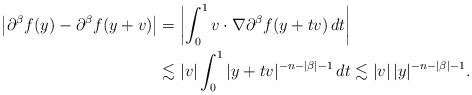
LaTeX: \begin{align*}\left|\partial^\beta f(y)-\partial^\beta f(y+v)\right|&=\left|\int_0^1v\cdot\nabla\partial^\beta f(y+tv)\,dt\right|\\&\lesssim|v|\int_0^1|y+tv|^{-n-|\beta|-1}\,dt\lesssim|v|\,|y|^{-n-|\beta|-1}.\end{align*}